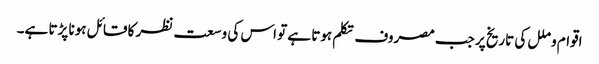
اقوام و ملل کی تاریخ پر جب مصروف تکلم ہوتا ہے تو اس کی وسعت نظر کا قائل ہونا پڑتا ہے۔